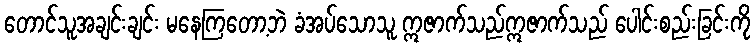
တောင်သူအချင်းချင်း မနေကြတော့ဘဲ ခံအပ်သောသူ ဣဇာက်သည်ဣဇာက်သည် ပေါင်းစည်းခြင်းကို